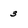
Character: 3